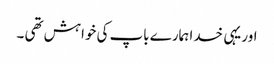
اور یہی خدا ہمارے باپ کی خواہش تھی ۔